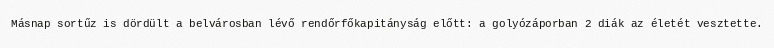
Másnap sortűz is dördült a belvárosban lévő rendőrfőkapitányság előtt: a golyózáporban 2 diák az életét vesztette.